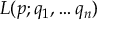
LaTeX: L ( p ; q _ { 1 } , \ldots q _ { n } )